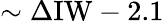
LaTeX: \sim\Delta\mathrm{IW}-2.1